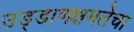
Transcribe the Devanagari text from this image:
उड्डाणक्षमतेचा